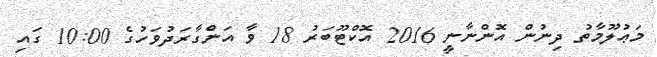
މަޢުލޫމާތު ދިނުން އޮންނާނީ 2016 އޮކްޓޫބަރު 18 ވާ އަންގާރަދުވަހުގެ 10:00 ގައި